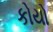
કોયો